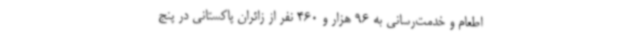
اطعام و خدمت‌رسانی به 96 هزار و 460 نفر از زائران پاکستانی در پنج